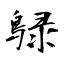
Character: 鵦